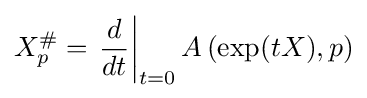
X_{p}^{\#}=\left.{\frac {d}{dt}}\right|_{t=0}A\left(\exp(tX),p\right)